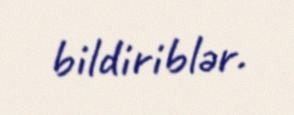
bildiriblər.